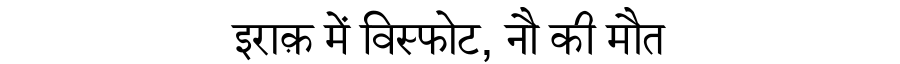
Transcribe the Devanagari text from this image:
इराक़ में विस्फोट, नौ की मौत